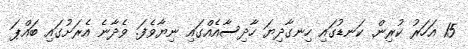
15 އަހަރު ކުރިން